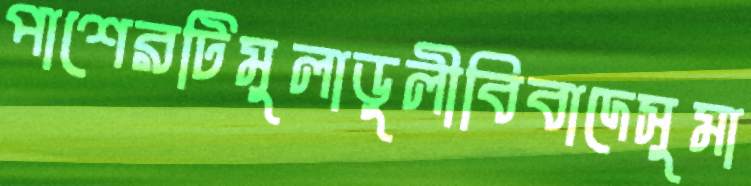
পাশেরটিমুলাডুলীবিবাদেসুমা